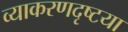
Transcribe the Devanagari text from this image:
व्याकरणदृष्टया